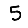
Digit: 5